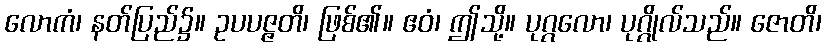
လောကံ၊ နတ်ပြည်၌။ ဥပပဇ္ဇတိ၊ ဖြစ်၏။ ဧဝံ၊ ဤသို့။ ပုဂ္ဂလော၊ ပုဂ္ဂိုလ်သည်။ ဇောတိ၊